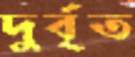
দুর্বৃত